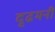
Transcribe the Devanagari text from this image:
दृढमनीं